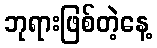
ဘုရားဖြစ်တဲ့နေ့